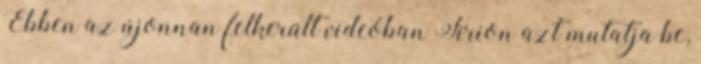
Ebben az újonnan felkerült videóban Tirion azt mutatja be,